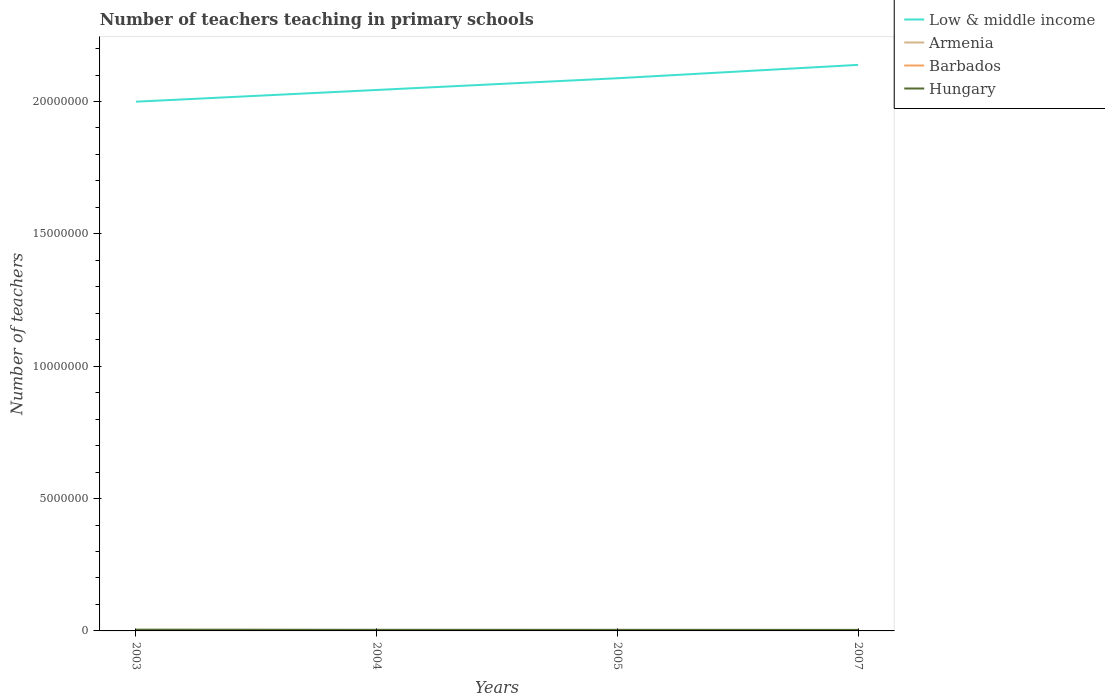
| Years | Low & middle income | Armenia | Barbados | Hungary |
 | --- | --- | --- | --- | --- |
 | 2003 | 2e+07 | 7.64e+03 | 1.46e+03 | 4.84e+04 |
 | 2004 | 2.04e+07 | 6.65e+03 | 1.42e+03 | 4.26e+04 |
 | 2005 | 2.09e+07 | 5.9e+03 | 1.47e+03 | 4.12e+04 |
 | 2007 | 2.14e+07 | 6.61e+03 | 1.55e+03 | 3.97e+04 |